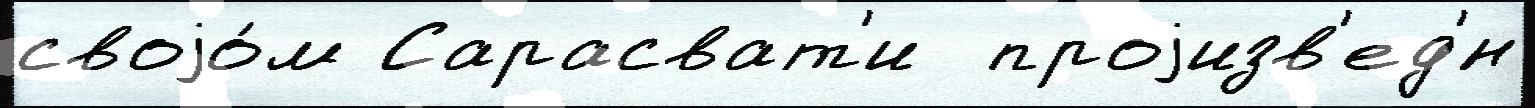
своjо́м Сарасват'и  проjизв'ед'́н